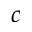
c